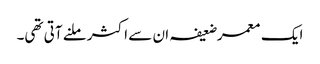
ایک معمر ضعیفہ ان سے اکثر ملنے آتی تھی۔